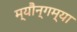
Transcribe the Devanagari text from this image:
म्यौन्गम्या